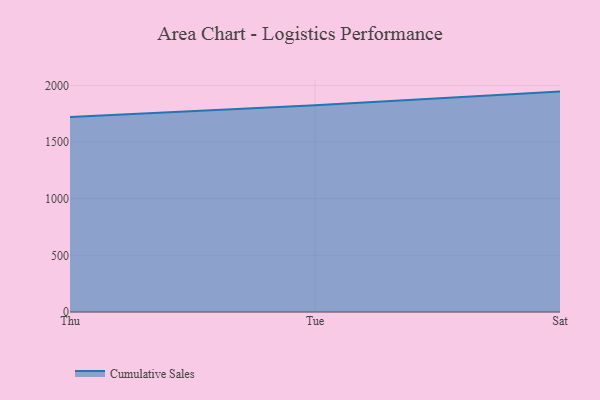
{"axis": {"x": "Day", "y": "Waste Production (Tons)"}, "legend": ["Cumulative Sales"], "data": [{"x": "Thu", "y": 1721.3, "type": "Cumulative Sales"}, {"x": "Tue", "y": 1824.9, "type": "Cumulative Sales"}, {"x": "Sat", "y": 1945.7, "type": "Cumulative Sales"}]}